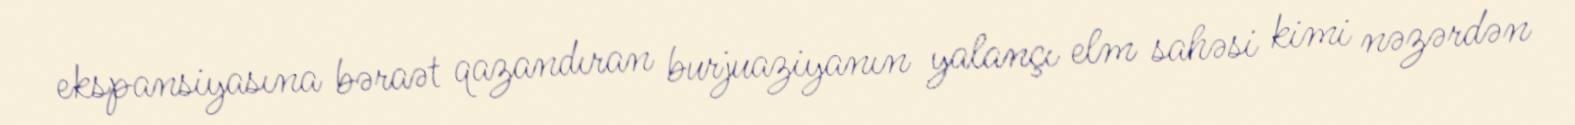
ekspansiyasına bəraət qazandıran burjuaziyanın yalançı elm sahəsi kimi nəzərdən